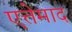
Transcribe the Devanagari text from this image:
एत्तेमाद